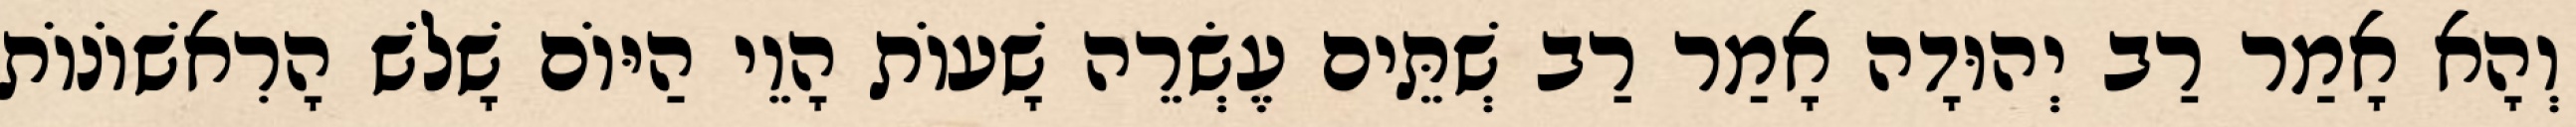
וְהָא אָמַר רַב יְהוּדָה אָמַר רַב שְׁתֵּים עֶשְׂרֵה שָׁעוֹת הָוֵי הַיּוֹם שָׁלֹשׁ הָרִאשׁוֹנוֹת